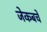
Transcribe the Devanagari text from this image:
जेकबचे